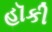
હૉકી